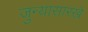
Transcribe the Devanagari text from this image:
जुन्यासारखे